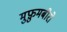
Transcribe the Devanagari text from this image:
मुफ़ुमबीरो